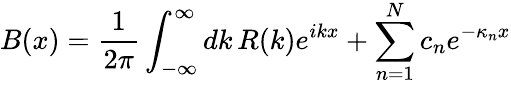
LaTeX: B(x)={\frac{1}{2\pi}}\int_{-\infty}^{\infty}dk\, R(k)e^{ikx}+\sum_{n=1}^{N}c_{n}e^{-\kappa_{n}x}